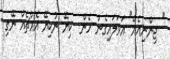
" ޖިންނިއެއް" އަވަލައިގެން ހެން  ކިޔޭ ނުކިޔޭ އެއްޗެއް ނޭގި